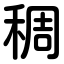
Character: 稠